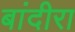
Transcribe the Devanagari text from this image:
बांदीरा